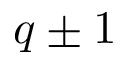
q \pm 1